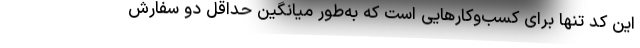
این کد تنها برای کسب‌و‌کارهایی است که به‌طور میانگین حداقل دو سفارش